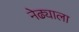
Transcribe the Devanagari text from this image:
नेढ्याला